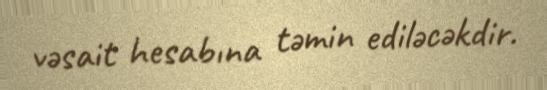
vəsait hesabına təmin ediləcəkdir.